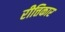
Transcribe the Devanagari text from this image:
रीत्तिकार